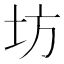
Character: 坊